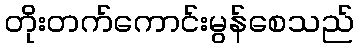
တိုးတက်ကောင်းမွန်စေသည်